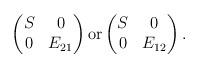
LaTeX: \begin{align*}\begin{pmatrix}S & 0 \\0 & E_{21}\end{pmatrix} \mbox{or} \begin{pmatrix}S & 0 \\0 & E_{12}\end{pmatrix}.\end{align*}